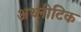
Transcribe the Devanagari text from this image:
अथ्लीटिक